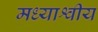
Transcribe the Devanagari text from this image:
मध्याश्वीय